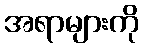
အရာများကို